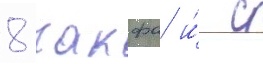
8 накфа и́ с